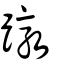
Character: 蹾